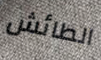
الطائش